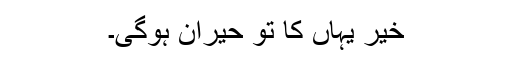
خیر یہاں کا تو حیران ہوگی۔